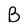
Character: B